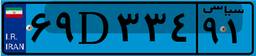
۴۱D۳۲۹۹۶